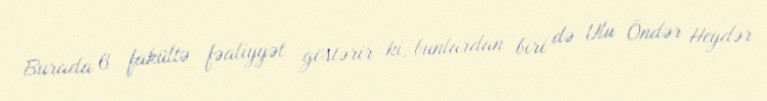
Burada 6 fakültə fəaliyyət göstərir ki, bunlardan biri də Ulu Öndər Heydər